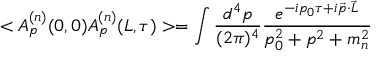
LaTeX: < A _ { p } ^ { ( n ) } ( 0 , 0 ) A _ { p } ^ { ( n ) } ( L , \tau ) > = \int \frac { d ^ { 4 } p } { ( 2 \pi ) ^ { 4 } } \frac { e ^ { - i p _ { 0 } \tau + i \vec { p } \cdot \vec { L } } } { p _ { 0 } ^ { 2 } + p ^ { 2 } + m _ { n } ^ { 2 } }